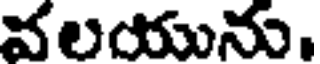
వలయును.